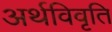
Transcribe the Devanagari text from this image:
अर्थविवृति